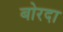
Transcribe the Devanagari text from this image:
बोरदा